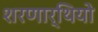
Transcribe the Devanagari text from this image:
शरणार्थियो